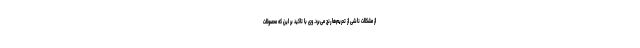
از مشکلات ناشی از تحریم‌ها رنج می‌برد. وی با تاکید بر این که محصولات